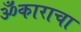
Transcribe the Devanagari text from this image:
ॐकाराचा